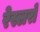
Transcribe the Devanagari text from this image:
रेस्लरों